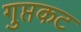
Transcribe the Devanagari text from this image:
गुप्तकट